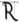
Text: R